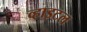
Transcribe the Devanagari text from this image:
व्हाइटल